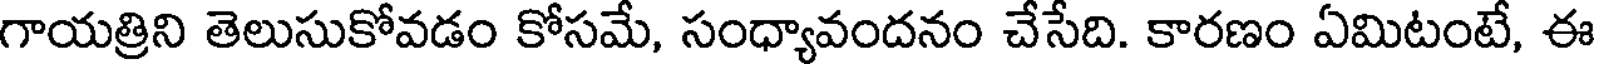
గాయత్రిని తెలుసుకోవడం కోసమే, సంధ్యావందనం చేసేది. కారణం ఏమిటంటే, ఈ